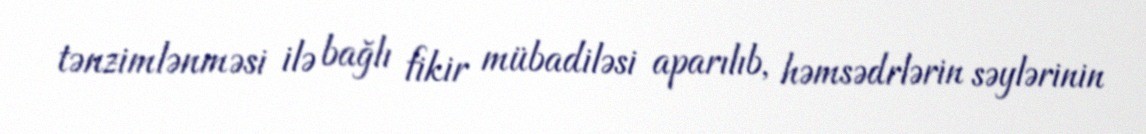
tənzimlənməsi ilə bağlı fikir mübadiləsi aparılıb, həmsədrlərin səylərinin